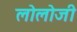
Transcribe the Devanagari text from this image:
लोलोजी